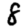
Digit: 8